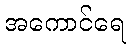
အကောင်ရေ